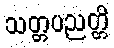
သတ္တပညတ္တိ